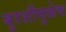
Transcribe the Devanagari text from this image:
बुरशीमुळेच